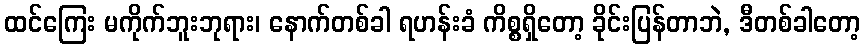
ထင်ကြေး မကိုက်ဘူးဘုရား၊ နောက်တစ်ခါ ရဟန်းခံ ကိစ္စရှိတော့ ခိုင်းပြန်တာဘဲ, ဒီတစ်ခါတော့